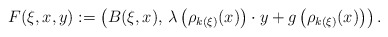
\begin{align*}F ( \xi , x , y ) := \left( B ( \xi , x ) , \, \lambda \left( \rho _{k(\xi)} (x) \right) \cdot y + g \left( \rho _{k(\xi)} ( x ) \right) \right) .\end{align*}